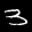
Label: 3